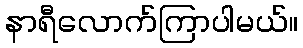
နာရီလောက်ကြာပါမယ်။